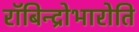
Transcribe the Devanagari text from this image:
रॉबिन्द्रोभारोति